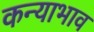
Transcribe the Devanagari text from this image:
कन्याभाव